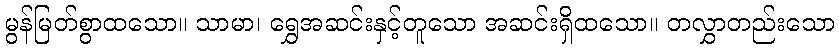
မွန်မြတ်စွာထသော။ သာမာ၊ ရွှေအဆင်းနှင့်တူသော အဆင်းရှိထသော။ တလွှာတည်းသော